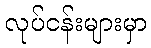
လုပ်ငန်းများမှာ